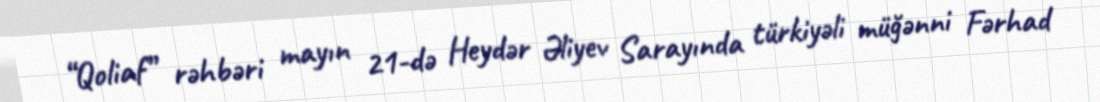
“Qoliaf” rəhbəri mayın 21-də Heydər Əliyev Sarayında türkiyəli müğənni Fərhad